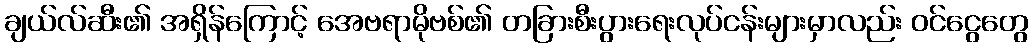
ချယ်လ်ဆီး၏ အရှိန်ကြောင့် အေဗရာမိုဗစ်၏ တခြားစီးပွားရေးလုပ်ငန်းများမှာလည်း ဝင်ငွေတွေ